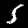
Digit: 5